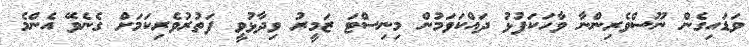
ވަޑައިގެން ނޫސްވެރިންނާ ވާހަކަފުޅު ދައްކަވަމުން މިނިސްޓަ ޒަމީރު ވިދާޅުވީ ފަތުރުވެރިކަމަށް ގެނެވޭ އެންމެ